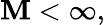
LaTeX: \mathbf{M}<\infty,